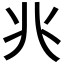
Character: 𫤬